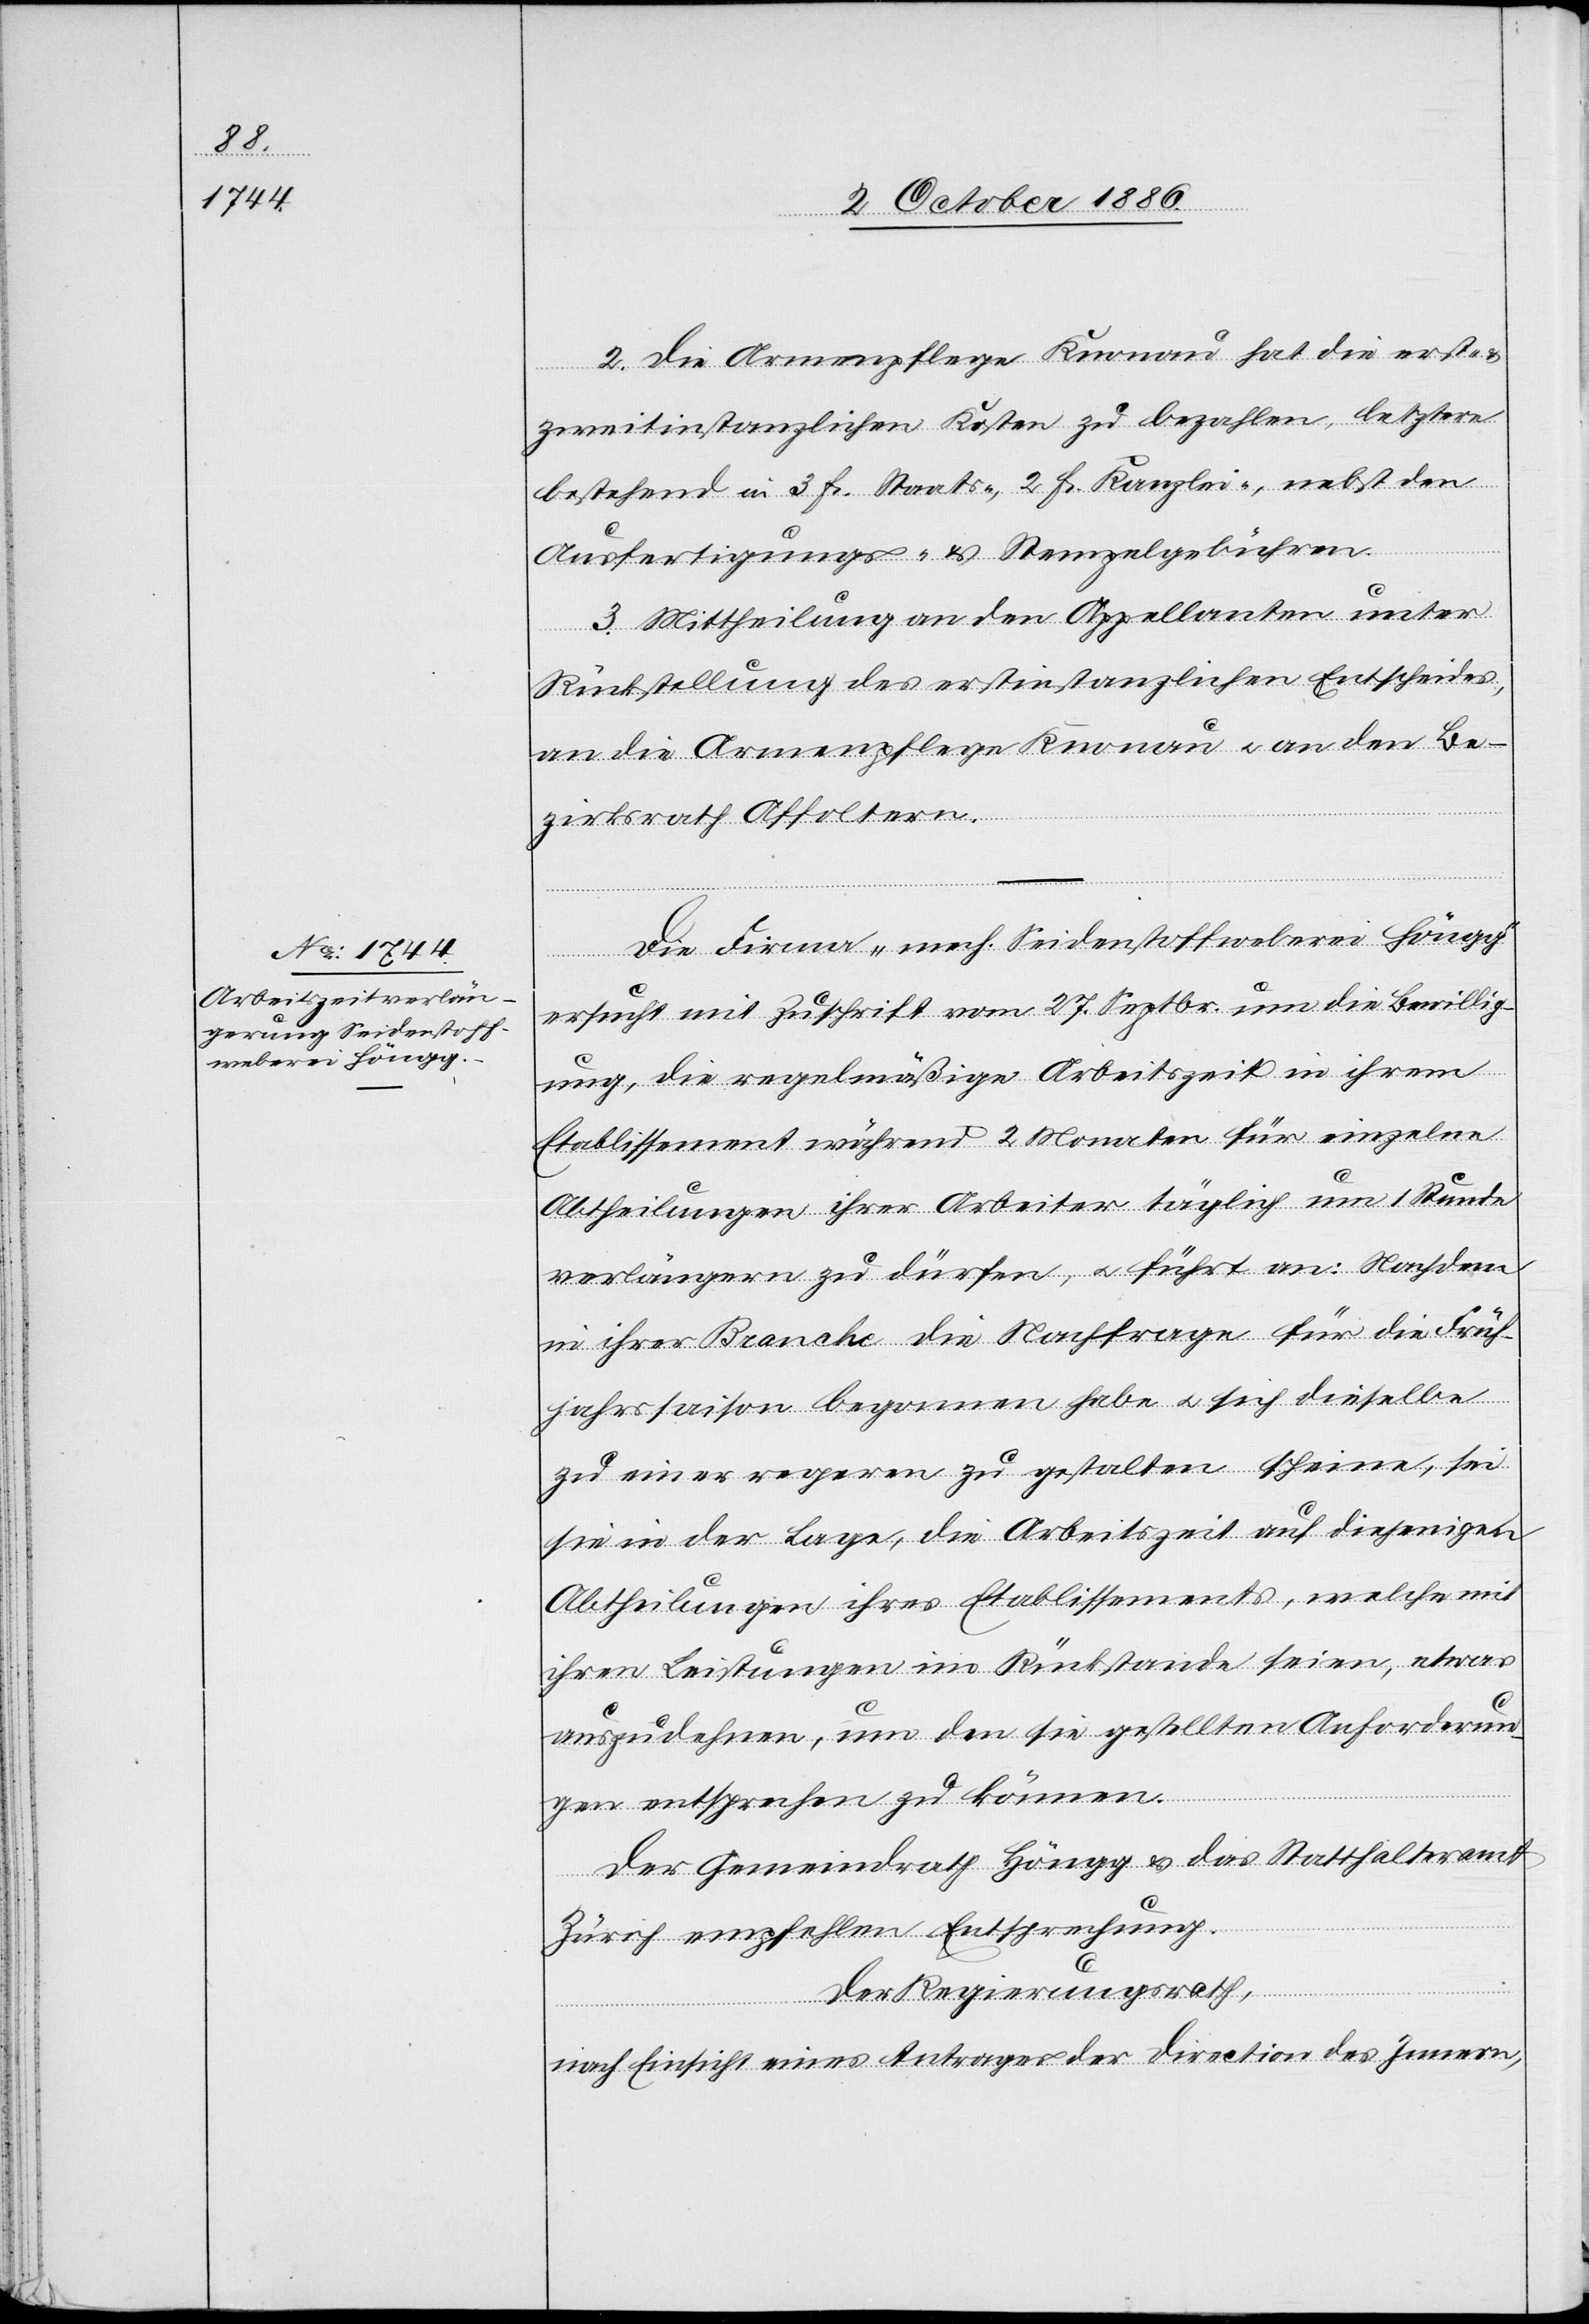
2. Die Armenpflege Knonau hat die erst-
zweitinstanzlichen Kosten zu bezahlen, letztere
bestehend in 3 Fr. Staats-, 2 Fr. Kanzlei-, nebst den
Ausfertigungs- & Stempelgebühren.
3. Mittheilung an den Appellanten unter
Rückstellung des erstinstanzlichen Entscheides,
an die Armenpflege Knonau & an den Be¬
zirksrath Affoltern.
Die Firma „mech. Seidenstoffweberei Höngg“
ersucht mit Zuschrift vom 27. Septbr. um die Bewillig¬
ung, die regelmäßige Arbeitszeit in ihrem
Etablissement während 2 Monaten für einzelne
Abtheilungen ihrer Arbeiter täglich um 1 Stunde
verlängern zu dürfen, & führt an: Nachdem
in ihrer Branche die Nachfrage für die Früh¬
jahrssaison begonnen habe & sich dieselbe
zu einer regeren zu gestalten scheine, sei
sie in der Lage, die Arbeitszeit auf diejenigen
Abtheilungen ihres Etablissements, welche mit
ihren Leistungen im Rückstande seien, etwas
auszudehnen, um den sie gestellten Anforderun¬
gen entsprechen zu können.
Der Gemeindrath Höngg & das Statthalteramt
Zürich empfehlen Entsprechung.
Der Regierungsrath,
nach Einsicht eines Antrages der Direction des Innern,